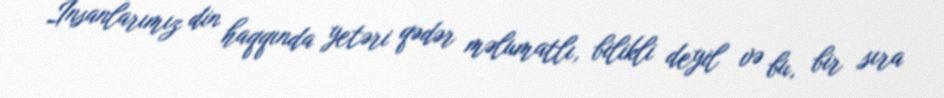
İnsanlarımız din haqqında yetəri qədər məlumatlı, bilikli deyil və bu, bir sıra